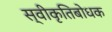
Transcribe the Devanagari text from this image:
स्वीकृतिबोधक